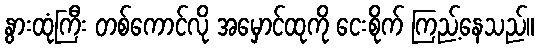
နွားထုံကြီး တစ်ကောင်လို အမှောင်ထုကို ငေးစိုက် ကြည့်နေသည်။